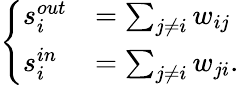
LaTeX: \left\{ \begin{array}{ll}{s_{i}^{out}}&{=\sum_{j\neq i}w_{ij}}\\ {s_{i}^{in}}&{=\sum_{j\neq i}w_{ji}.}\end{array}\right.